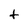
Character: t